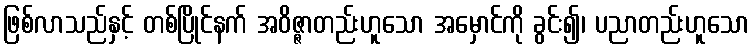
ဖြစ်လာသည်နှင့် တစ်ပြိုင်နက် အဝိဇ္ဇာတည်းဟူသော အမှောင်ကို ခွင်း၍၊ ပညာတည်းဟူသော